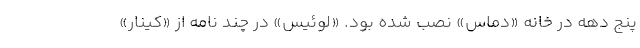
پنج دهه در خانه «دماس»‌ نصب شده بود. «لوئیس‌»‌ در چند نامه از «کینار»